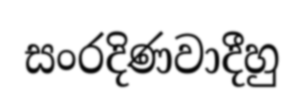
සංරදිණවාදීහු